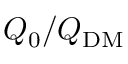
Q _ { 0 } / Q _ { \mathrm { D M } }